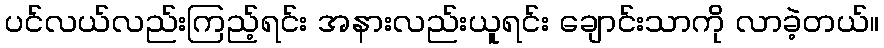
ပင်လယ်လည်းကြည့်ရင်း အနားလည်းယူရင်း ချောင်းသာကို လာခဲ့တယ်။